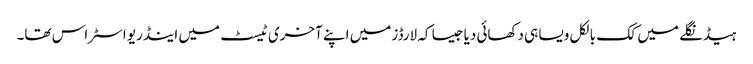
ہیڈنگلے میں کک بالکل ویسا ہی دکھائی دیا جیسا کہ لارڈز میں اپنے آخری ٹیسٹ میں اینڈریو اسٹراس تھا۔